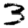
Digit: 3